Vaccination returns of the Province of Eastern Bengal and Assam - 1905-1912
Year: 1905
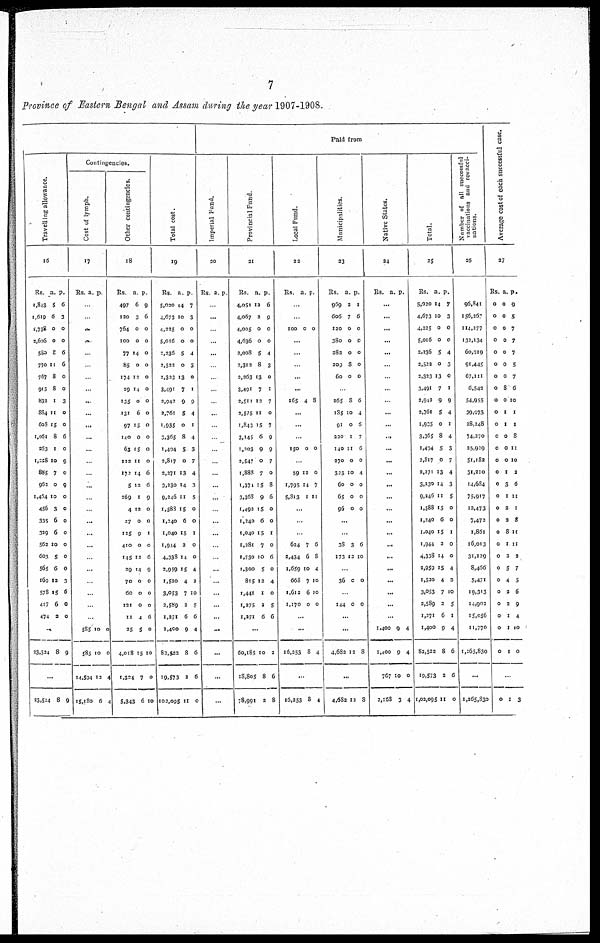
7
Province of Eastern Bengal and Assam during the year 1907-1908.
Paid from
Travelling allowance.
16
Rs.
1,843
1,619
1,738
2,606
580
770
767
915
832
884
608
1,061
263
1,228
885
962
1,464
456
335
329
562
603
565
169
578
417
474
a.
5
6
0
0
8
11
8
8
1
11
15
8
1
10
7
0
10
3
6
6
10
5
6
12
15
6
2
p.
6
3
0
0
6
6
0
0
3
0
0
6
0
9
0
9
0
0
0
0
0
0
0
3
6
0
0
...
23,524 8 9
...
23,504 8 9
Contingencies.
Cost of lymph.
17
Rs. a. p.
...
...
...
...
...
...
...
...
...
...
...
...
...
...
...
...
...
...
...
...
...
...
...
...
...
...
...
585
583
14,594
15,180
10
10
12
6
0
0
4
4
Other contingencies.
18
Rs
497
120
764
100
77
85
174
29
135
131
97
140
63
122
172
5
269
4
27
125
410
145
29
70
60
121
11
25
4,018
1,324
5,343
a.
6
3
0
0
14
0
12
14
0
6
15
0
15
11
14
12
1
12
0
9
0
12
14
0
0
0
4
5
15
7
6
p.
9
6
0
0
0
0
0
0
0
0
0
0
0
0
6
6
9
0
0
1
0
6
9
0
0
0
6
0
10
0
10
Total cost.
19
Rs.
5,020
4,673
4,225
5,016
2,236
2,522
2,323
3,491
2,942
2,761
1,935
3,365
1,404
2,817
2,371
3,230
9,246
1,588
1,040
1,040
1,914
4,338
2,959
1,520
3,053
2,589
1,271
1,400
82,522
19,573
102,095
a.
14
10
0
0
5
0
13
7
9
5
0
8
5
0
13
14
11
15
6
15
2
14
15
4
7
2
6
9
8
2
11
p.
7
3
0
0
4
3
0
1
9
4
1
4
3
7
4
3
5
0
0
1
0
0
4
2
10
0
6
4
6
6
0
Imperial Fund.
20
Rs. a. p.
...
...
...
...
...
...
...
...
...
...
...
...
...
...
...
...
...
...
...
...
...
...
...
...
...
...
...
...
...
...
...
Provincial Fund.
21
Rs.
4,051
4,067
4,005
4,636
2,008
2,312
2,263
3,491
2,511
2,575
1,843
3,145
1,203
2,547
1,888
1,374
3,368
1,492
1,240
1,040
1,281
1,730
1,300
815
1,441
1,275
1,271
a.
12
2
0
0
5
8
13
7
12
11
15
6
9
0
7
15
9
15
6
15
7
10
5
12
1
2
6
p.
6
9
0
0
4
3
0
1
7
0
7
9
9
7
0
8
6
0
0
1
0
6
0
4
0
5
6
...
60,185
18,805
78,991
10
8
2
2
6
8
Local Fund.
22
Rs. a. p.
...
...
100 0 0
...
...
...
...
...
165 4 8
...
...
...
150 0 0
...
59
1,795
5,813
12
14
1
0
7
11
...
...
...
624
2,434
1,659
668
1,612
1,170
7
6
10
7
6
0
6
8
4
10
10
0
...
...
16,253 8 4
...
16,253 8 4
Municipalities.
23
Rs.
969
606
120
380
282
209
60
a.
2
7
0
0
0
8
0
p.
1
6
0
0
0
0
0
...
265
185
91
220
140
270
323
60
65
96
8
10
0
1
11
0
10
0
0
0
6
4
6
7
6
0
4
0
0
0
...
...
38
173
3
12
6
10
...
36 0 0
...
144 0 0
...
...
4,682 12 8
...
4,682 12 8
Native States.
24
Rs. a. p.
...
...
...
...
...
...
...
...
...
...
...
...
...
...
...
...
...
...
...
...
...
...
...
...
...
...
...
1,400
1,400
767
2,168
9
9
10
3
4
4
0
4
Total.
25
Rs.
5,020
4,673
4,225
5,016
2,236
2,522
2,323
3,491
2,942
2,761
1,905
3,365
1,404
2,817
2,271
3,230
9,246
1,588
1,240
1,040
1,944
4,338
2,959
1,520
3,053
2,589
1,271
1,400
82,522
19,573
1,02,095
a.
14
10
0
0
5
0
13
7
9
5
0
8
5
0
13
14
11
15
6
15
2
14
15
4
7
2
6
9
8
2
11
p.
7
3
0
0
4
3
0
1
9
4
1
4
3
7
4
3
5
0
0
1
0
0
4
2
10
5
1
4
6
6
0
Number of all successful
vaccinations
and revacci-
nations.
26
96,841
156,260
114,277
132,134
60,919
91,445
67,111
6,542
54,955
39,973
28,248
74,270
25,929
51,182
31,210
14,684
75,917
12,473
7,472
1,861
16,013
31,129
8,466
5,471
19,313
14,902
15,056
11,770
1,265,830
...
1,265,830
Average cost of each successful case.
27
Rs
0
0
0
0
0
0
0
0
0
0
0
0
0
0
0
0
0
0
0
0
0
0
0
0
0
0
0
0
0
a.
0
0
0
0
0
0
0
8
0
1
1
0
0
0
1
3
1
2
2
8
1
2
5
4
2
2
1
1
1
p.
9
5
7
7
7
5
7
6
10
1
1
8
11
10
2
6
11
1
8
11
11
2
7
5
6
9
4
10
0
...
0 1 3